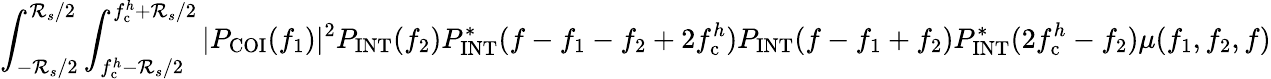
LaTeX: \int_{-\mathcal{R}_{s}/2}^{\mathcal{R}_{s}/2}\int_{f_{\mathrm{{c}}}^{h}-\mathcal{R}_{s}/2}^{f_{\mathrm{{c}}}^{h}+\mathcal{R}_{s}/2}|P_{\mathrm{{COI}}}(f_{1})|^{2}P_{\mathrm{{INT}}}(f_{2})P_{\mathrm{{INT}}}^{\ast}(f-f_{1}-f_{2}+2f_{\mathrm{{c}}}^{h})P_{\mathrm{{INT}}}(f-f_{1}+f_{2})P_{\mathrm{{INT}}}^{\ast}(2f_{\mathrm{{c}}}^{h}-f_{2})\mu(f_{1},f_{2},f)